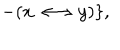
- ( x \longleftrightarrow y ) \} ,